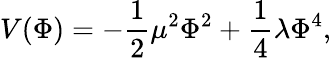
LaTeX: V(\Phi)=-\frac{1}{2}\mu^{2}\Phi^{2}+\frac{1}{4}\lambda\Phi^{4},